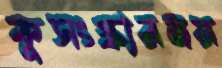
কুসংস্কারময়